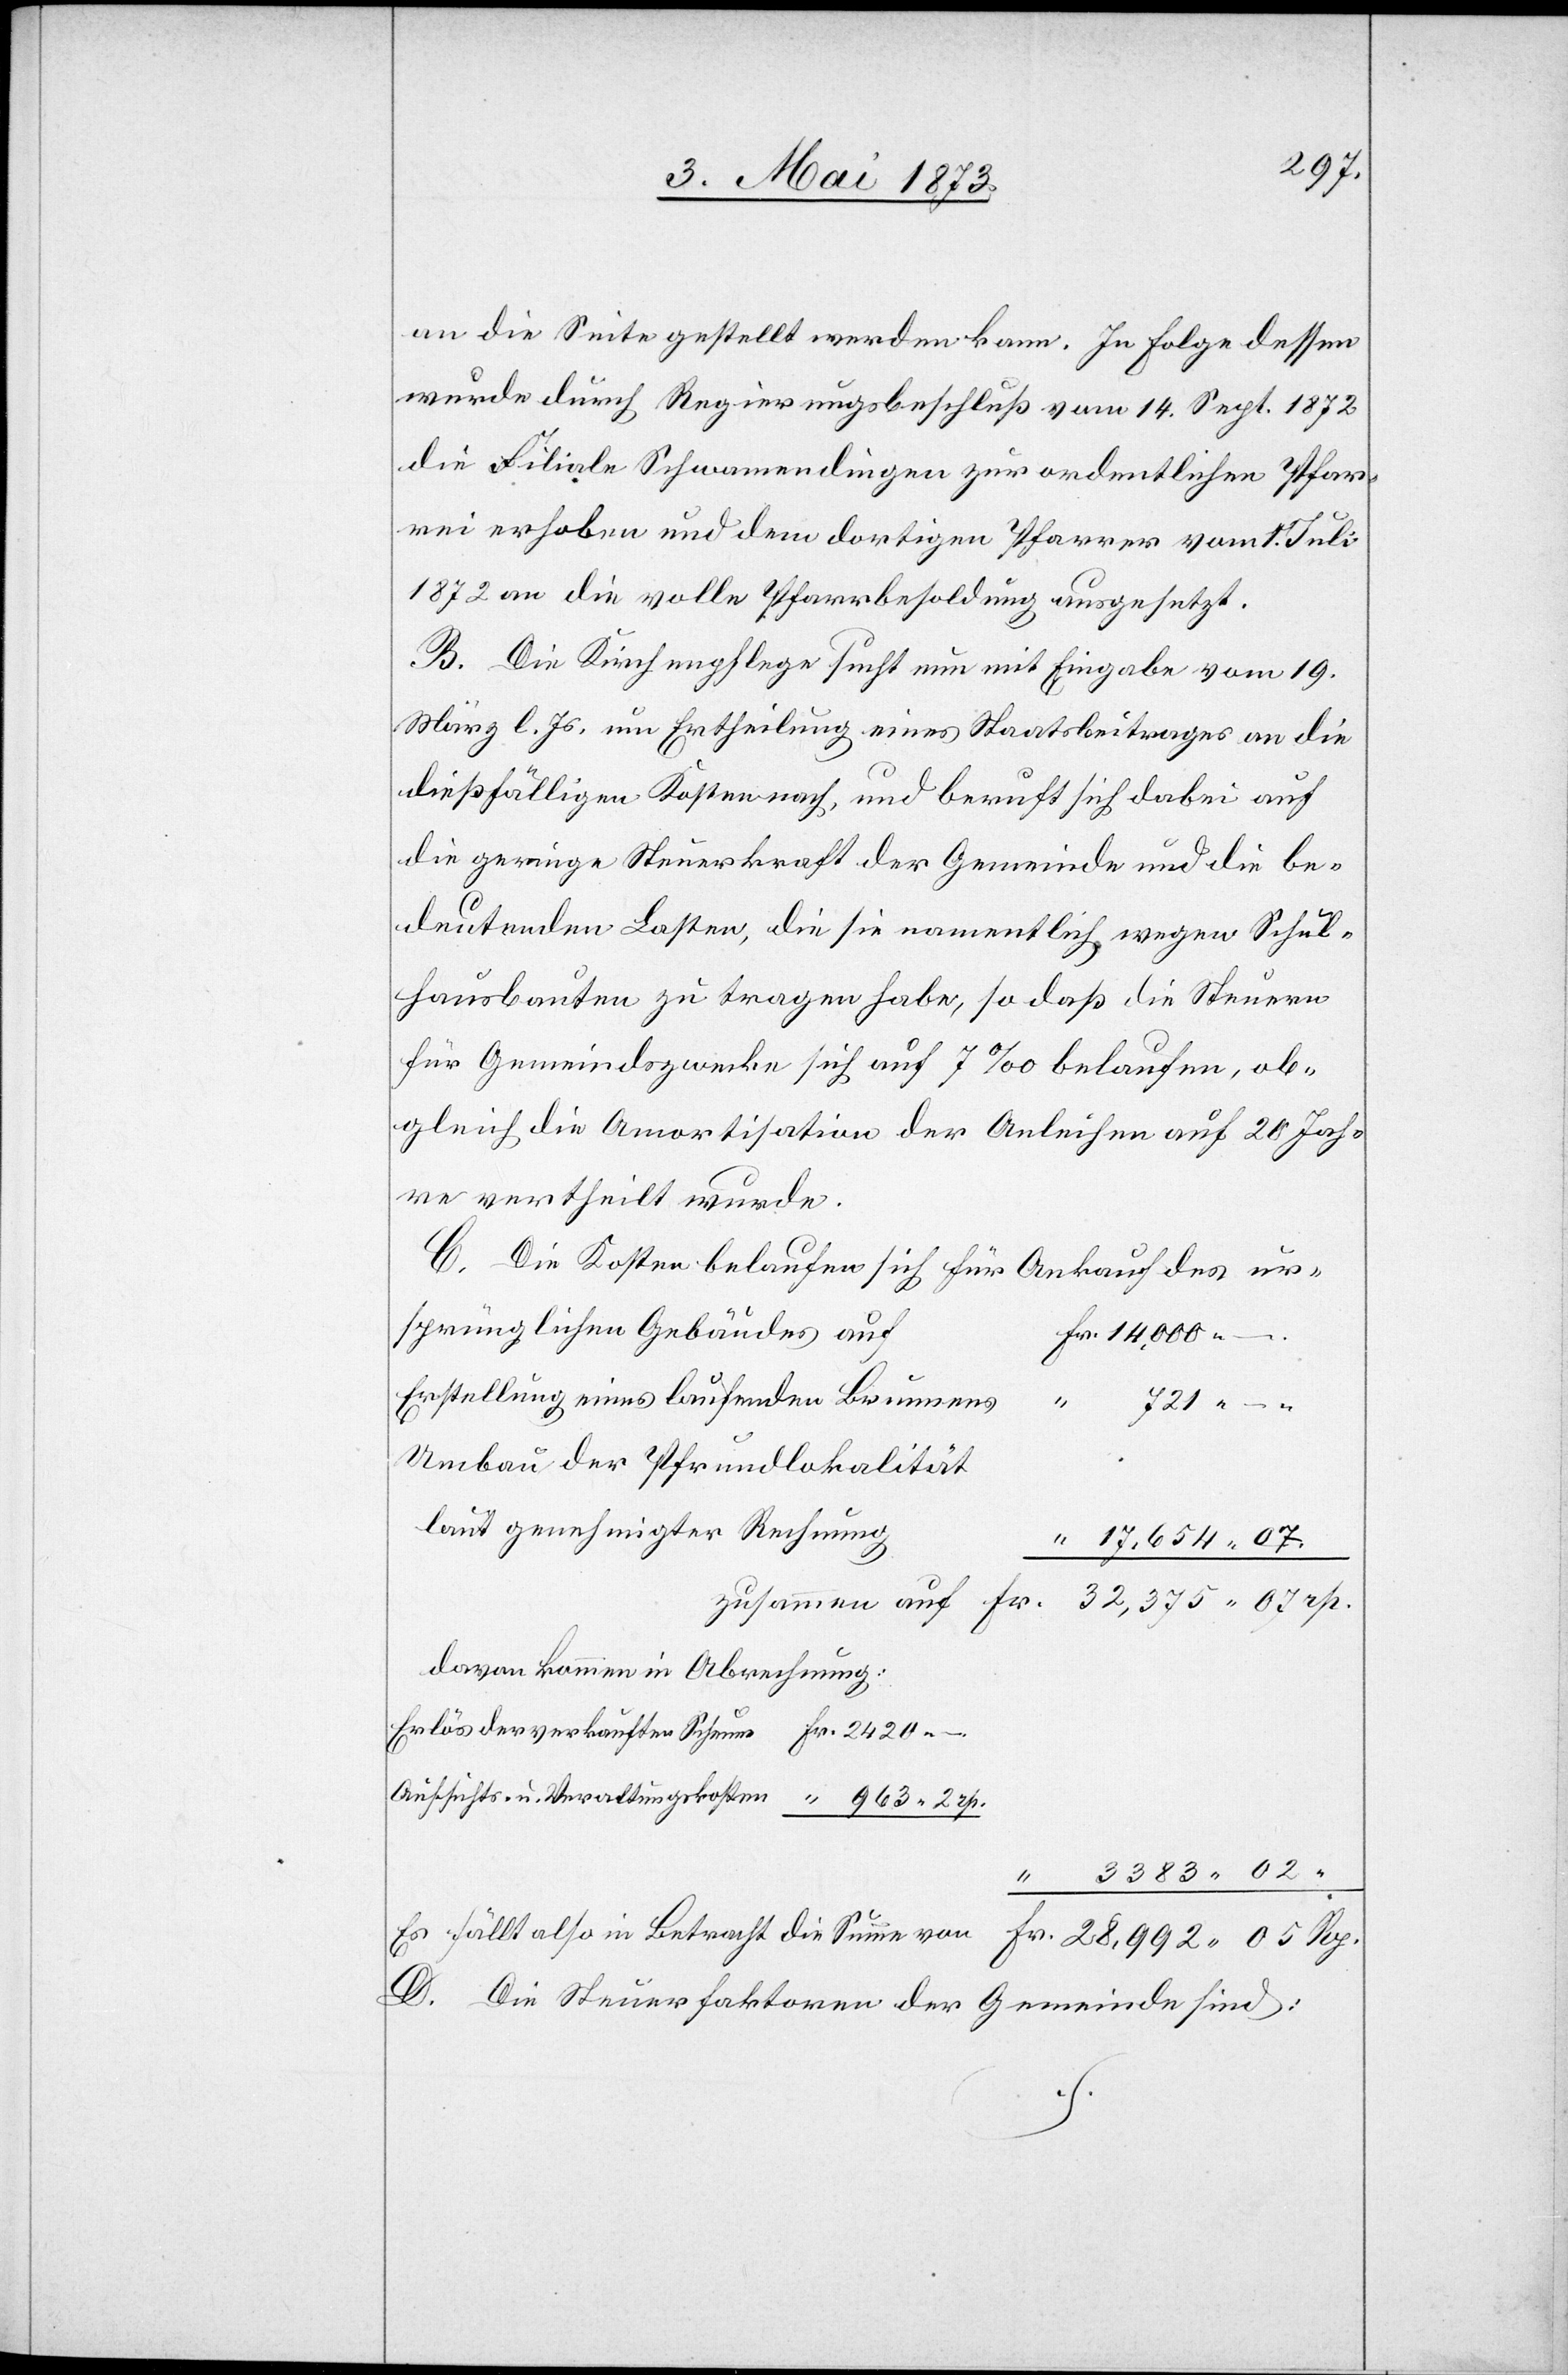
an die Seite gestellt werden kann. In Folge dessen
wurde durch Regierungsbeschluß vom 14. Sept. 1872
die Filiale Schwamendingen zur ordentlichen Pfar¬
rei erhoben und dem dortigen Pfarrer vom 1. Juli
1872 an die volle Pfarrbesoldung ausgesetzt.
B. Die Kirchenpflege sucht nun mit Eingabe vom 19.
März l. Js. um Ertheilung eines Staatsbeitrages an die
dießfälligen Kosten nach, und beruft sich dabei auf
die geringe Steuerkraft der Gemeinde und die be¬
deutenden Lasten, die sie namentlich wegen Schul¬
hausbauten zu tragen habe, so daß die Steuern
für Gemeindszwecke sich auf 7‰ belaufen, ob¬
gleich die Amortisation der Anleihen auf 20 Jah¬
re vertheilt wurde.
C. Die Kosten belaufen sich für Ankauf des ur¬
sprünglichen Gebäudes auf
Erstellung eines laufenden Brunnens
Rp.
Umbau der Pfrundlokalität
laut genehmigter Rechnung
17,654 07.
dazu kommen in Abrechnung:
Aufsichts- u. Veraltungskosten [sic!]
3 383 02
–.
Es fällt also in Betracht die Summe von
D. Die Steuerfaktoren der Gemeinde sind: